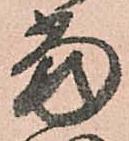
當